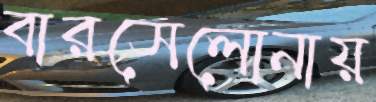
বারসেলোনায়